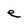
Character: e